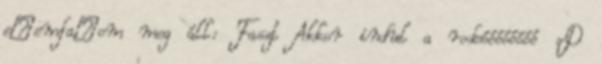
eßemfaßom meg áll: Faszt Akkor indul a rodeóóóóóóóó :D